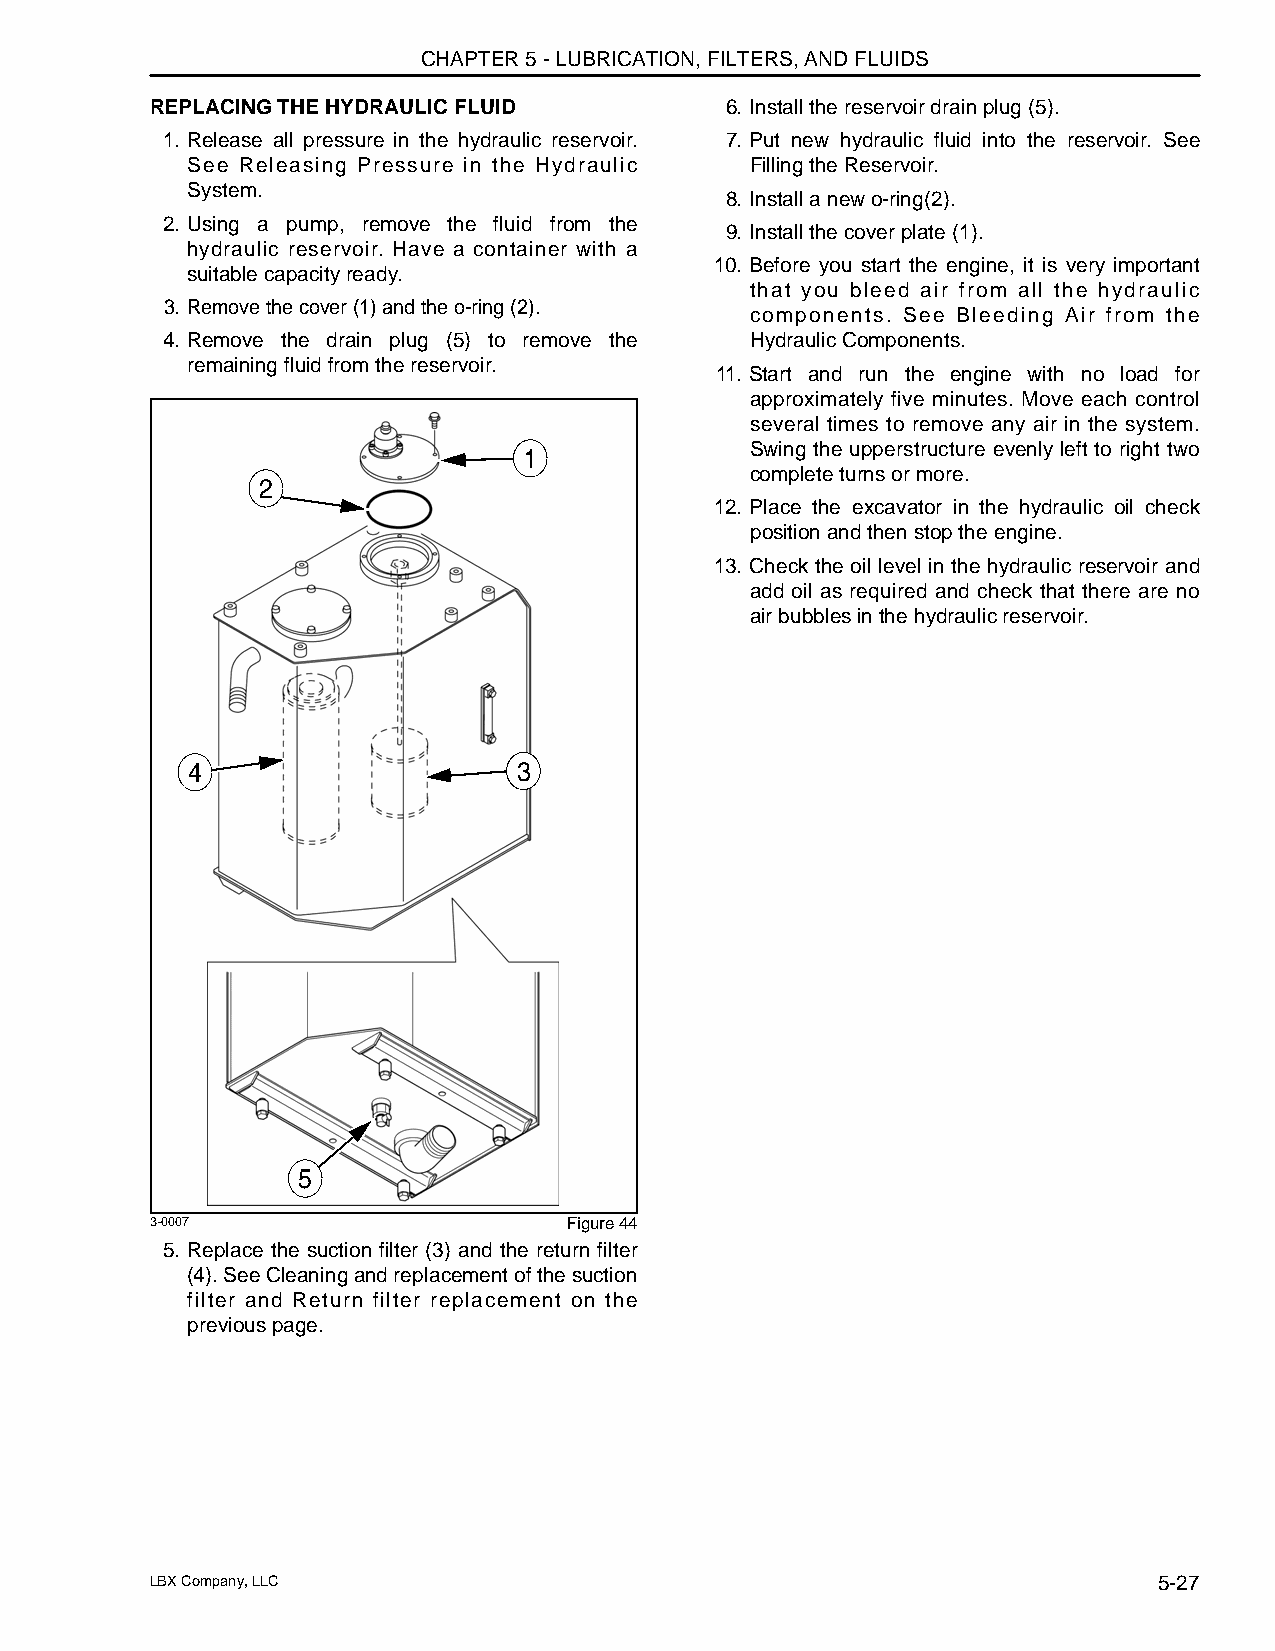
CHAPTER 5 - LUBRICATION, FILTERS, AND FLUIDS
 REPLACING THE HYDRAULIC FLUID         6. Install the reservoir drain plug (5).
 1. Release all pressure in the hydraulic reservoir. 7. Put new hydraulic fluid into the reservoir. See
 See Releasing Pressure in the Hydraulic Filling the Reservoir.
 System.
 8. Install a new o-ring(2).
 2. Using a pump, remove the fluid from the
 9. Install the cover plate (1).
 hydraulic reservoir. Have a container with a
 10. Before you start the engine, it is very important
 suitable capacity ready.
 that you bleed air from all the hydraulic
 3. Remove the cover (1) and the o-ring (2).
 components. See Bleeding Air from the
 4. Remove the drain plug (5) to remove the Hydraulic Components.
 remaining fluid from the reservoir.
 11. Start and run the engine with no load for
 approximately five minutes. Move each control
 several times to remove any air in the system.
 Swing the upperstructure evenly left to right two
 1
 complete turns or more.
 2
 12. Place the excavator in the hydraulic oil check
 position and then stop the engine.
 13. Check the oil level in the hydraulic reservoir and
 add oil as required and check that there are no
 air bubbles in the hydraulic reservoir.
 4                     3
 5
 3-0007                      Figure 44
 5. Replace the suction filter (3) and the return filter
 (4). See Cleaning and replacement of the suction
 filter and Return filter replacement on the
 previous page.
 LBX Company, LLC                                                   5-27